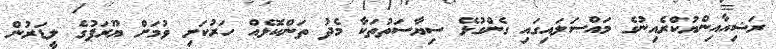
ރަޝިއާއިންޔުކްރެއިނުގެ މައްސަލައިގައި ގެންގުޅޭ ސިޔާސަތުތަކާ މެދު ތަންކޮޅެއް ހަރުކަށި ވުމަށް ޔޫރަޕުގެ ލީޑަރުން